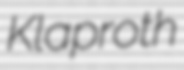
Klaproth